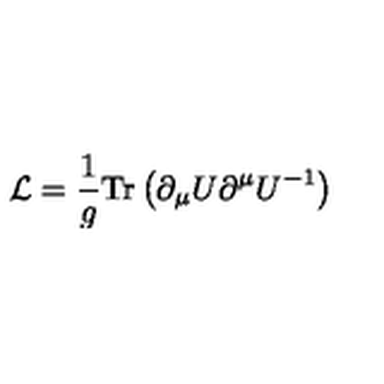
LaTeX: { \cal L } = { \frac { 1 } { g } } \mathrm { T r } \left( \partial _ { \mu } U \partial ^ { \mu } U ^ { - 1 } \right)